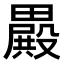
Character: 𣫕